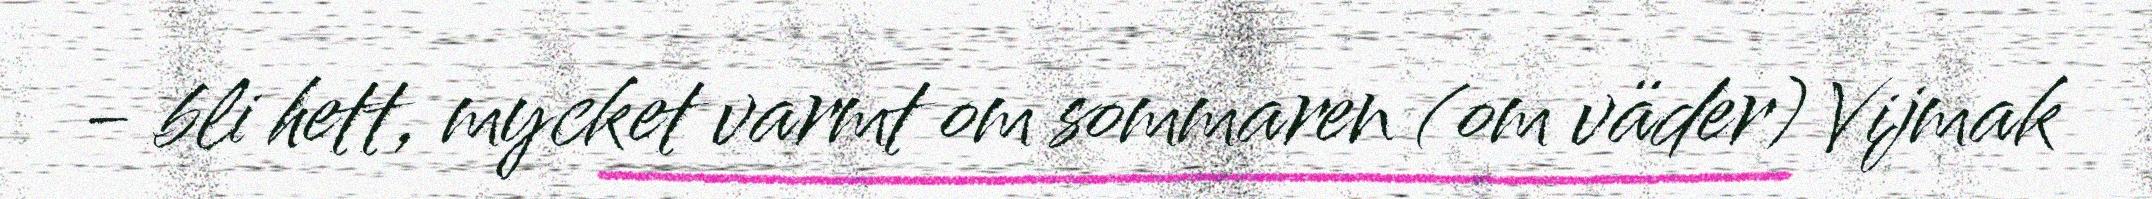
- bli hett, mycket varmt om sommaren (om väder) Vijmak